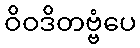
ဝိဝဒိတဗ္ဗံပေ